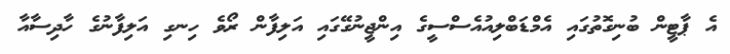
އެ ޕާޓީން ބުނިގޮތުގައި އެމްޑަބްލިއުއެސްސީގެ އިންޖީނުގޭގައި އަލިފާން ރޯވެ ހިނގި އަލިފާނުގެ ހާދިސާއާ